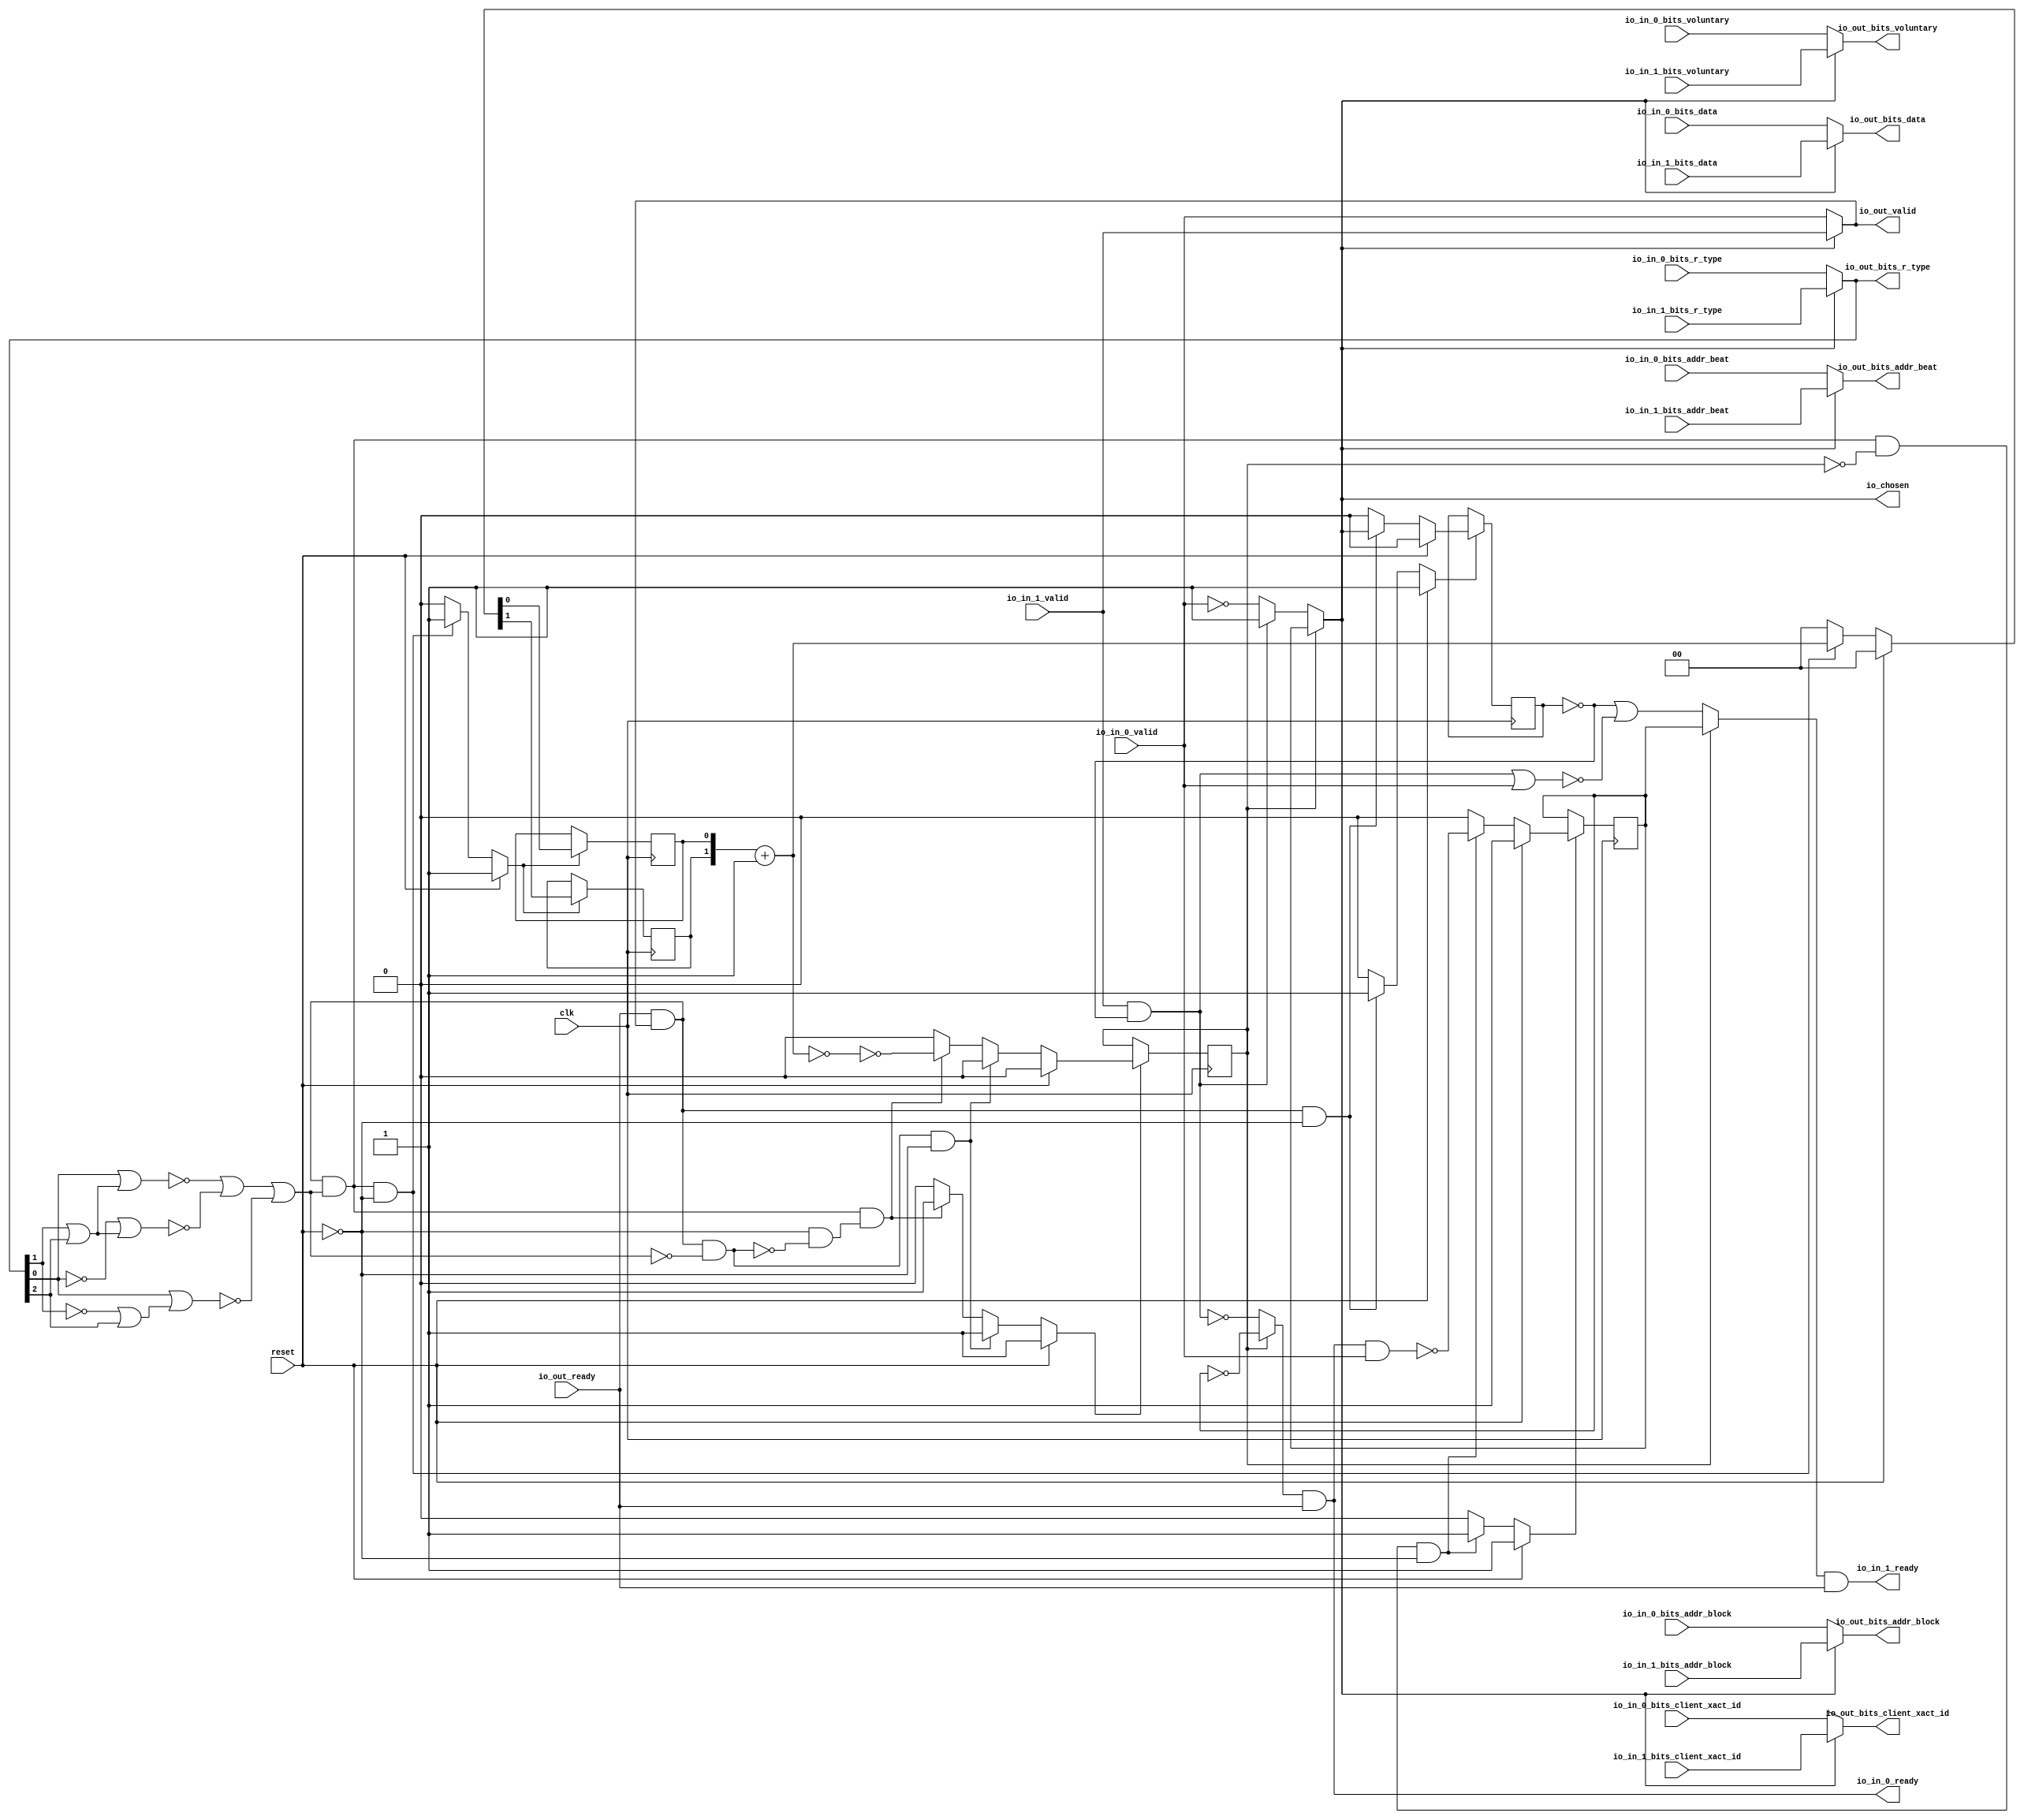
module LockingRRArbiter_1
(
  clk,
  reset,
  io_in_1_ready,
  io_in_1_valid,
  io_in_1_bits_addr_beat,
  io_in_1_bits_addr_block,
  io_in_1_bits_client_xact_id,
  io_in_1_bits_voluntary,
  io_in_1_bits_r_type,
  io_in_1_bits_data,
  io_in_0_ready,
  io_in_0_valid,
  io_in_0_bits_addr_beat,
  io_in_0_bits_addr_block,
  io_in_0_bits_client_xact_id,
  io_in_0_bits_voluntary,
  io_in_0_bits_r_type,
  io_in_0_bits_data,
  io_out_ready,
  io_out_valid,
  io_out_bits_addr_beat,
  io_out_bits_addr_block,
  io_out_bits_client_xact_id,
  io_out_bits_voluntary,
  io_out_bits_r_type,
  io_out_bits_data,
  io_chosen
);

  input [1:0] io_in_1_bits_addr_beat;
  input [25:0] io_in_1_bits_addr_block;
  input [5:0] io_in_1_bits_client_xact_id;
  input [2:0] io_in_1_bits_r_type;
  input [127:0] io_in_1_bits_data;
  input [1:0] io_in_0_bits_addr_beat;
  input [25:0] io_in_0_bits_addr_block;
  input [5:0] io_in_0_bits_client_xact_id;
  input [2:0] io_in_0_bits_r_type;
  input [127:0] io_in_0_bits_data;
  output [1:0] io_out_bits_addr_beat;
  output [25:0] io_out_bits_addr_block;
  output [5:0] io_out_bits_client_xact_id;
  output [2:0] io_out_bits_r_type;
  output [127:0] io_out_bits_data;
  input clk;
  input reset;
  input io_in_1_valid;
  input io_in_1_bits_voluntary;
  input io_in_0_valid;
  input io_in_0_bits_voluntary;
  input io_out_ready;
  output io_in_1_ready;
  output io_in_0_ready;
  output io_out_valid;
  output io_out_bits_voluntary;
  output io_chosen;
  wire [1:0] io_out_bits_addr_beat,T22;
  wire [25:0] io_out_bits_addr_block;
  wire [5:0] io_out_bits_client_xact_id;
  wire [2:0] io_out_bits_r_type;
  wire [127:0] io_out_bits_data;
  wire io_in_1_ready,io_in_0_ready,io_out_valid,io_out_bits_voluntary,io_chosen,N0,N1,
  N2,N3,N4,N5,N6,N7,N8,N9,choose,T2,N10,T3,T5,T9,T8,T11,T10,T17,T12,T14,T25,T20,
  T21,T26,N11,T36,T37,T44,T38,T39,T42,T40,T41,T43,T47,T48,T52,T49,T50,T51,T54,T53,
  N12,N13,N14,N15,N16,N17,N18,N19,N20,N21,N22,N23,N24,N25,N26,N27,N28,N29,N30,N31,
  N32,N33,N34,N35,N36,N37,N38,N39,N40,N41,N42,N43,N44,N45,N46,N47,N48,N49,N50,N51;
  reg last_grant,lockIdx,locked;
  reg [1:0] R23;
  assign T21 = T22 == 1'b0;
  assign T43 = N0 & 1'b0;
  assign N0 = ~last_grant;
  assign T44 = N1 & 1'b0;
  assign N1 = ~last_grant;

  always @(posedge clk) begin
    if(N14) begin
      last_grant <= N15;
    end 
  end


  always @(posedge clk) begin
    if(N18) begin
      lockIdx <= N19;
    end 
  end


  always @(posedge clk) begin
    if(N23) begin
      locked <= N24;
    end 
  end


  always @(posedge clk) begin
    if(N27) begin
      R23[1] <= N29;
    end 
  end


  always @(posedge clk) begin
    if(N27) begin
      R23[0] <= N28;
    end 
  end

  assign N38 = ~T8;
  assign N39 = ~lockIdx;
  assign N40 = ~io_out_bits_r_type[1];
  assign N41 = N40 | io_out_bits_r_type[2];
  assign N42 = io_out_bits_r_type[0] | N41;
  assign N43 = ~N42;
  assign N44 = io_out_bits_r_type[1] | io_out_bits_r_type[2];
  assign N45 = io_out_bits_r_type[0] | N44;
  assign N46 = ~N45;
  assign N47 = ~io_out_bits_r_type[0];
  assign N48 = io_out_bits_r_type[1] | io_out_bits_r_type[2];
  assign N49 = N47 | N48;
  assign N50 = ~N49;
  assign N51 = ~io_in_0_valid;
  assign T22 = R23 + 1'b1;
  assign io_chosen = (N2)? lockIdx : 
                     (N3)? choose : 1'b0;
  assign N2 = locked;
  assign N3 = N9;
  assign choose = (N4)? 1'b1 : 
                  (N5)? N51 : 1'b0;
  assign N4 = T2;
  assign N5 = N10;
  assign io_out_bits_data = (N6)? io_in_1_bits_data : 
                            (N7)? io_in_0_bits_data : 1'b0;
  assign N6 = io_chosen;
  assign N7 = N11;
  assign io_out_bits_r_type = (N6)? io_in_1_bits_r_type : 
                              (N7)? io_in_0_bits_r_type : 1'b0;
  assign io_out_bits_voluntary = (N6)? io_in_1_bits_voluntary : 
                                 (N7)? io_in_0_bits_voluntary : 1'b0;
  assign io_out_bits_client_xact_id = (N6)? io_in_1_bits_client_xact_id : 
                                      (N7)? io_in_0_bits_client_xact_id : 1'b0;
  assign io_out_bits_addr_block = (N6)? io_in_1_bits_addr_block : 
                                  (N7)? io_in_0_bits_addr_block : 1'b0;
  assign io_out_bits_addr_beat = (N6)? io_in_1_bits_addr_beat : 
                                 (N7)? io_in_0_bits_addr_beat : 1'b0;
  assign io_out_valid = (N6)? io_in_1_valid : 
                        (N7)? io_in_0_valid : 1'b0;
  assign T36 = (N2)? N39 : 
               (N3)? T37 : 1'b0;
  assign T47 = (N2)? lockIdx : 
               (N3)? T48 : 1'b0;
  assign N14 = (N8)? 1'b1 : 
               (N31)? 1'b1 : 
               (N13)? 1'b0 : 1'b0;
  assign N8 = reset;
  assign N15 = (N8)? 1'b0 : 
               (N31)? io_chosen : 1'b0;
  assign N18 = (N8)? 1'b1 : 
               (N32)? 1'b1 : 
               (N17)? 1'b0 : 1'b0;
  assign N19 = (N8)? 1'b1 : 
               (N32)? N38 : 1'b0;
  assign N23 = (N8)? 1'b1 : 
               (N33)? 1'b1 : 
               (N36)? 1'b1 : 
               (N22)? 1'b0 : 1'b0;
  assign N24 = (N8)? 1'b0 : 
               (N33)? 1'b0 : 
               (N36)? T20 : 1'b0;
  assign N27 = (N8)? 1'b1 : 
               (N37)? 1'b1 : 
               (N26)? 1'b0 : 1'b0;
  assign { N29, N28 } = (N8)? { 1'b0, 1'b0 } : 
                        (N37)? T22 : 1'b0;
  assign N9 = ~locked;
  assign N10 = ~T2;
  assign T2 = io_in_1_valid & T3;
  assign T3 = ~last_grant;
  assign T5 = io_out_ready & io_out_valid;
  assign T8 = io_in_0_ready & io_in_0_valid;
  assign T9 = T11 & T10;
  assign T10 = ~locked;
  assign T11 = T17 & T12;
  assign T12 = T14 | N43;
  assign T14 = N46 | N50;
  assign T17 = io_out_valid & io_out_ready;
  assign T20 = ~T21;
  assign T25 = T17 & T26;
  assign T26 = ~T12;
  assign N11 = ~io_chosen;
  assign io_in_0_ready = T36 & io_out_ready;
  assign T37 = T44 | T38;
  assign T38 = ~T39;
  assign T39 = T42 | T40;
  assign T40 = io_in_1_valid & T41;
  assign T41 = ~last_grant;
  assign T42 = io_in_0_valid & T43;
  assign io_in_1_ready = T47 & io_out_ready;
  assign T48 = T52 | T49;
  assign T49 = ~T50;
  assign T50 = T51 | io_in_0_valid;
  assign T51 = T42 | T40;
  assign T52 = T54 & T53;
  assign T53 = ~last_grant;
  assign T54 = ~T42;
  assign N12 = T5 | reset;
  assign N13 = ~N12;
  assign N16 = T9 | reset;
  assign N17 = ~N16;
  assign N20 = T25 | reset;
  assign N21 = T11 | N20;
  assign N22 = ~N21;
  assign N25 = T11 | reset;
  assign N26 = ~N25;
  assign N30 = ~reset;
  assign N31 = T5 & N30;
  assign N32 = T9 & N30;
  assign N33 = T25 & N30;
  assign N34 = ~T25;
  assign N35 = N30 & N34;
  assign N36 = T11 & N35;
  assign N37 = T11 & N30;

endmodule